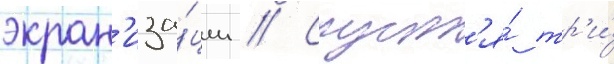
экран'иза́ции // Спуст'я́ тр'и́